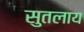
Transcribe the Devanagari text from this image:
सुतलाय